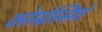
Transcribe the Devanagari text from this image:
कोम्प्रेस्सिवे